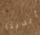
بأيدينا